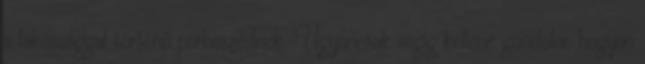
a lakossággal történő párbeszédnek. Ugyancsak végig kellene gondolni, hogyan